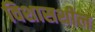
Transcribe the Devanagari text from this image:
विशासशील